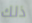
ذلك